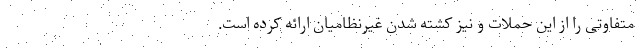
متفاوتی را از این حملات و نیز کشته شدن غیرنظامیان ارائه کرده است.